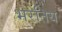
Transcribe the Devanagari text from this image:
भरतिय